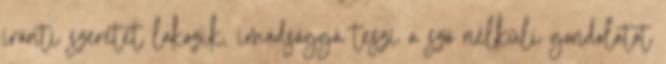
iránti szeretet lakozik, imádsággá teszi a szó nélküli gondolatot